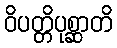
ဝိပတ္တိပုစ္ဆာတိ